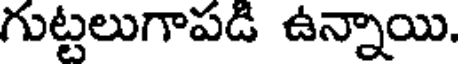
గుట్టలుగాపడి ఉన్నాయి.